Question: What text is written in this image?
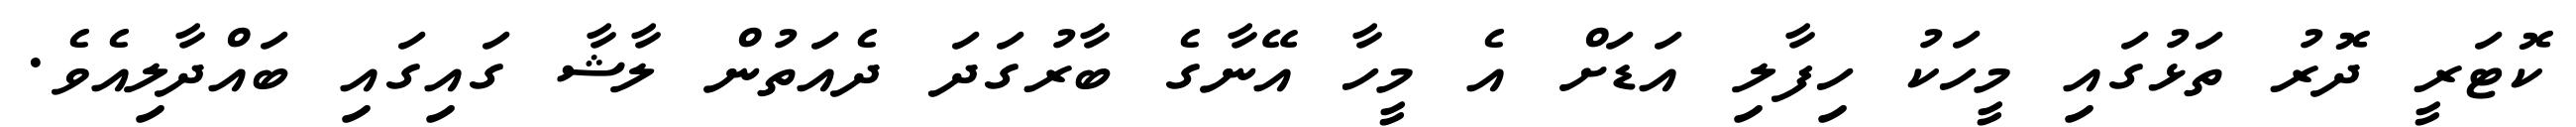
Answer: ކޮޓަރީ ދޮރު ތަޅުގައި މީހަކު ހިފާލި އަޑަށް އެ މީހާ އޭނާގެ ބާރުގަދަ ދެއަތުން ލާޝާ ގައިގައި ބައްދާލިއެވެ.